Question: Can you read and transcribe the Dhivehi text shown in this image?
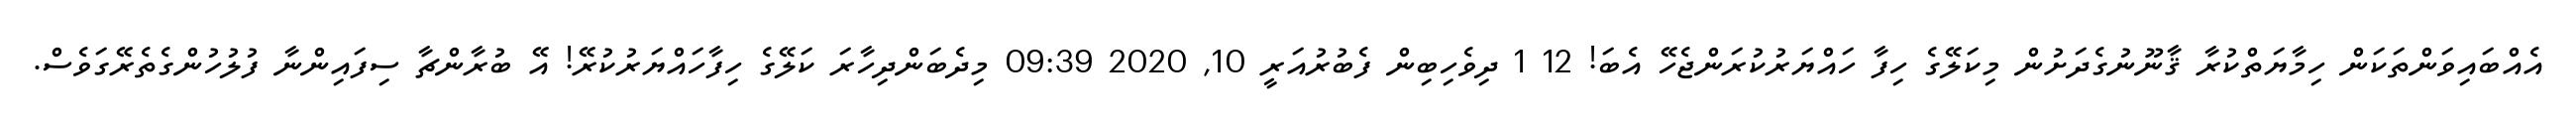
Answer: އެއްބައިވަންތަކަން ހިމާޔަތްކުރާ ޤާނޫނުގެދަށުން މިކަލޭގެ ހިފާ ހައްޔަރުކުރަންޖެހޭ އެބަ! 12 1 ދިވެހިބިން ފެބުރުއަރީ 10, 2020 09:39 މިދެބަންދިހާރަ ކަލޭގެ ހިފާހައްޔަރުކުރޭ! އޭ ބުރާންޗާ ސިފައިންނާ ފުލުހުންގެތެރޭގަވެސް.